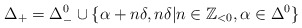
\begin{align*}\Delta_+ = \Delta_-^0 \cup \{ \alpha+n\delta, n\delta | n\in \mathbb Z_{<0}, \alpha \in \Delta^0\}\end{align*}